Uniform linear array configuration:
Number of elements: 48
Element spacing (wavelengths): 0.5
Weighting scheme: exponential
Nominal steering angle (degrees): -45
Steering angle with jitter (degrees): -44.832
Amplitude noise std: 0.05
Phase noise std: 0.05

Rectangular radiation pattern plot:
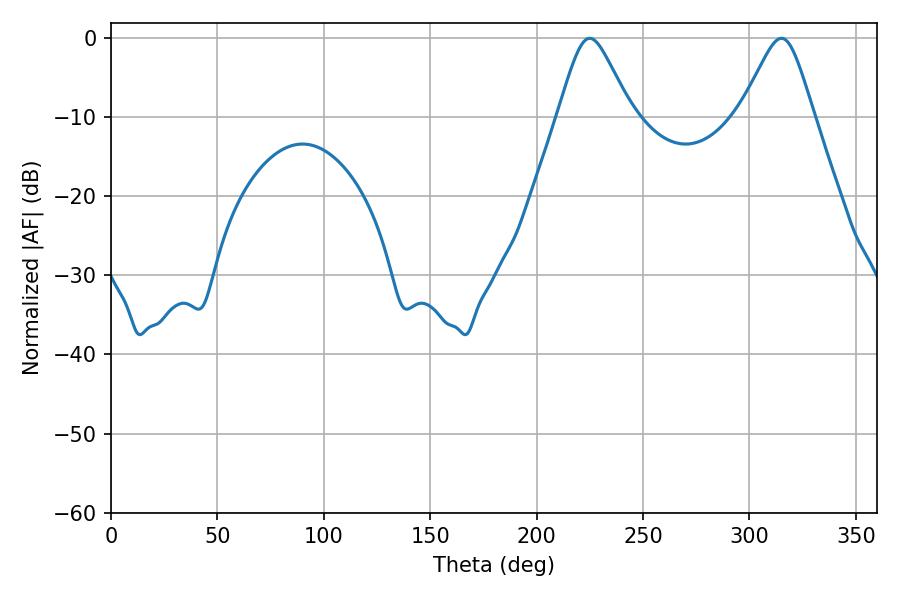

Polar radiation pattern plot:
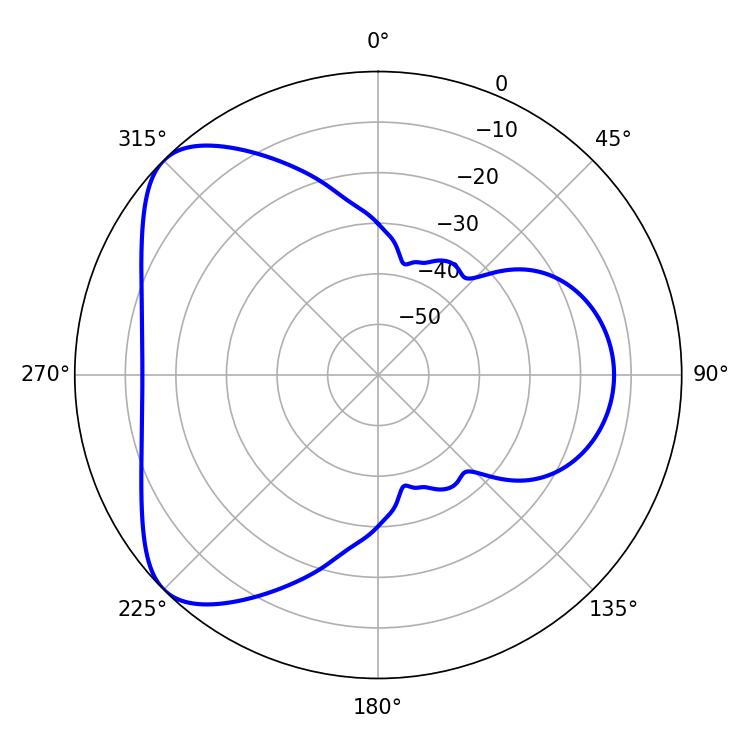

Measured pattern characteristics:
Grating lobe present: FALSE
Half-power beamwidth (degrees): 16.56
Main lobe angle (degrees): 225